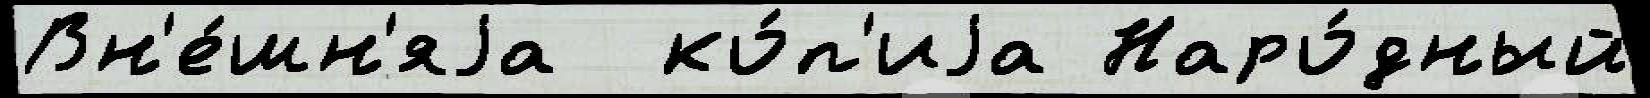
Вн'е́шн'яjа  ко́п'иjа Наро́дный